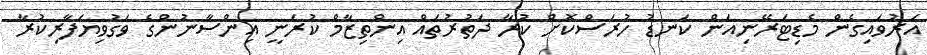
އަރުވައިގެން މެޑިޓަރޭނިއަން ކަނޑު ހުރަސްކޮށް ކުރާ ދަތުރުތައް އިންތިޒާމް ކުރަނީ އިންސާނުންގެ ވަގުވިޔަފާރިކުރާ